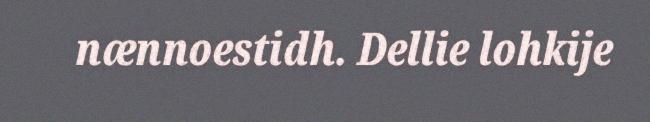
nænnoestidh. Dellie lohkije